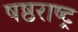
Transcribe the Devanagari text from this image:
षष्ठराष्ट्र